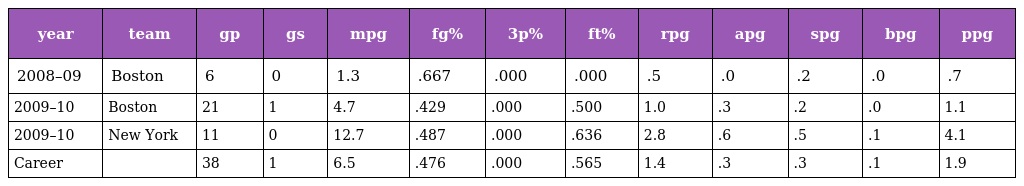
| year | team | gp | gs | mpg | fg% | 3p% | ft% | rpg | apg | spg | bpg | ppg |
 | --- | --- | --- | --- | --- | --- | --- | --- | --- | --- | --- | --- | --- |
 | 2008–09 | Boston | 6 | 0 | 1.3 | .667 | .000 | .000 | .5 | .0 | .2 | .0 | .7 |
 | 2009–10 | Boston | 21 | 1 | 4.7 | .429 | .000 | .500 | 1.0 | .3 | .2 | .0 | 1.1 |
 | 2009–10 | New York | 11 | 0 | 12.7 | .487 | .000 | .636 | 2.8 | .6 | .5 | .1 | 4.1 |
 | Career |  | 38 | 1 | 6.5 | .476 | .000 | .565 | 1.4 | .3 | .3 | .1 | 1.9 |